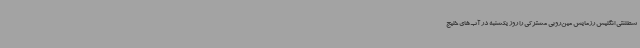
سطلنتی انگلیس رزمایش مین‌روبی مشترکی را روز یکشنبه در آب‌های خلیج